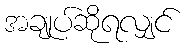
အချုပ်ဆိုရလျှင်